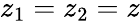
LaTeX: z_{1}=z_{2}=z